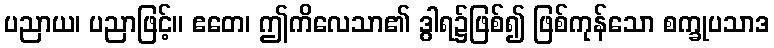
ပညာယ၊ ပညာဖြင့်။ ဧတေ၊ ဤကိလေသာ၏ ဒွါရ၌ဖြစ်၍ ဖြစ်ကုန်သော စက္ခုပသာဒ